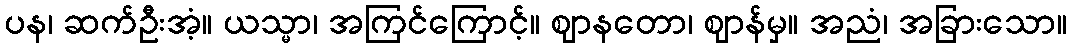
ပန၊ ဆက်ဦးအံ့။ ယသ္မာ၊ အကြင်ကြောင့်။ ဈာနတော၊ ဈာန်မှ။ အညံ၊ အခြားသော။